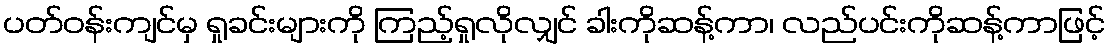
ပတ်ဝန်းကျင်မှ ရှုခင်းများကို ကြည့်ရှုလိုလျှင် ခါးကိုဆန့်ကာ၊ လည်ပင်းကိုဆန့်ကာဖြင့်